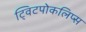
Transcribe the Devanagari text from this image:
ट्विटपोकलिप्स